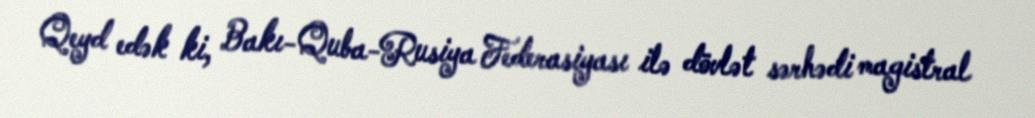
Qeyd edək ki, Bakı-Quba-Rusiya Federasiyası ilə dövlət sərhədi magistral